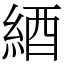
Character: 綇